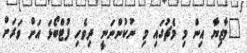
"މާޒިޔާ އިން މި މެޗުގައި މި ނުކުންނަނީ ދިވެހި ފުޓްބޯޅަ އަށް ވަރަށް